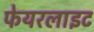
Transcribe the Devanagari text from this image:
फेयरलाइट